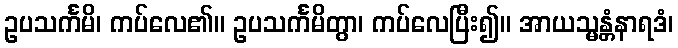
ဥပသင်္ကမိ၊ ကပ်လေ၏။ ဥပသင်္ကမိတွာ၊ ကပ်လေပြီး၍။ အာယသ္မန္တံနာရဒံ၊